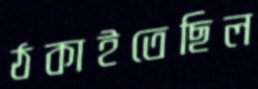
ঠকাইতেছিল